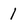
Character: 1